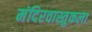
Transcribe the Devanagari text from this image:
मंदिरवास्तुकला